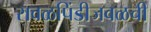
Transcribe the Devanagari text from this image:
रावळपिंडीजवळची